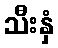
သီးနှံ